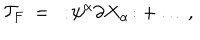
{ \cal T } _ { F } ~ = ~ : \! \psi ^ { \alpha } \partial X _ { \alpha } \! : + \dots \, ,